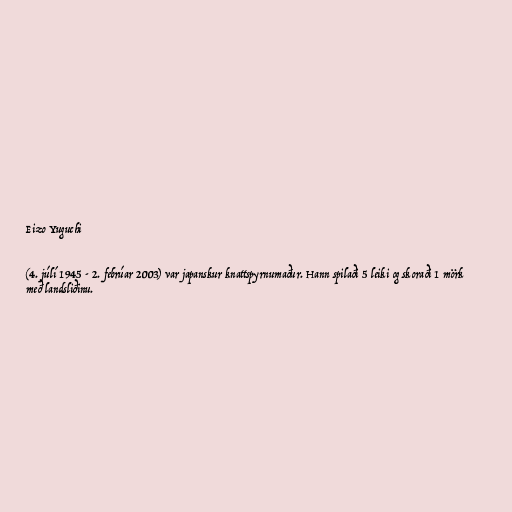
Eizo Yuguchi

(4. júlí 1945 - 2. febrúar 2003) var japanskur knattspyrnumaður. Hann spilaði 5 leiki og skoraði 1 mörk
með landsliðinu.